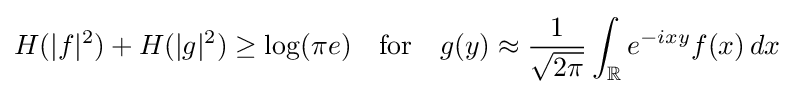
H(|f|^{2})+H(|g|^{2})\geq \log(\pi e)\quad {\textrm {for}}\quad g(y)\approx {\frac {1}{\sqrt {2\pi }}}\int _{\mathbb {R} }e^{-ixy}f(x)\,dx~